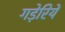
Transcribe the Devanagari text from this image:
गड़ेरियें